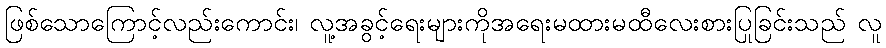
ဖြစ်သောကြောင့်လည်းကောင်း၊ လူ့အခွင့်ရေးများကိုအရေးမထားမထီလေးစားပြုခြင်းသည် လူ